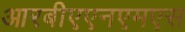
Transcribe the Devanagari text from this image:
आरबीएएनएमएस